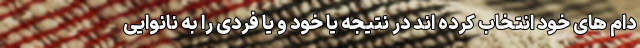
دام های خود انتخاب کرده اند در نتیجه یا خود و یا فردی را به نانوایی